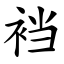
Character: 裆